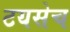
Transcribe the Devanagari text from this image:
टयसेच